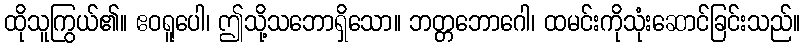
ထိုသူကြွယ်၏။ ဧဝရူပေါ၊ ဤသို့သဘောရှိသော။ ဘတ္တဘောဂေါ၊ ထမင်းကိုသုံးဆောင်ခြင်းသည်။